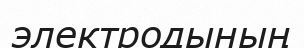
электродының